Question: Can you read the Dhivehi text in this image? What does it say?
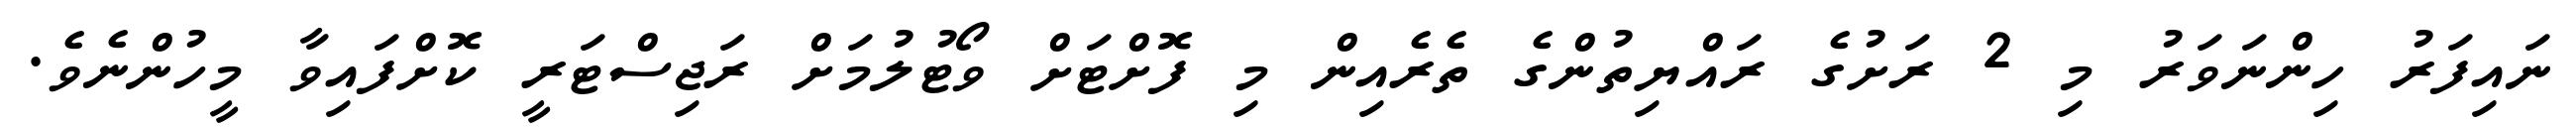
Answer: ނައިފަރު ހިންނަވަރު މި 2 ރަށުގެ ރައްޔިތުންގެ ތެރެއިން މި ފޮށްޓަށް ވޯޓުލުމަށް ރަޖިސްޓަރީ ކޮށްފައިވާ މީހުންނެވެ.